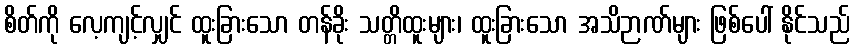
စိတ်ကို လေ့ကျင့်လျှင် ထူးခြားသော တန်ခိုး သတ္တိထူးများ၊ ထူးခြားသော အသိဉာဏ်များ ဖြစ်ပေါ် နိုင်သည်